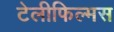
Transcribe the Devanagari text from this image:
टेलीफिल्मस